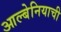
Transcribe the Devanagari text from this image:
आल्बेनियाची